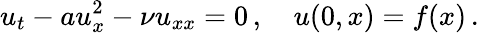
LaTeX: u_{t}-au_{x}^{2}-{\nu}{u}_{xx}=0\, ,\quad u(0,x)=f(x)\, .